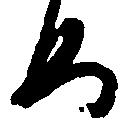
め